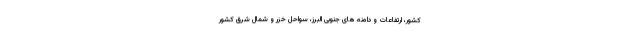
کشور، ارتفاعات و دامنه های جنوبی البرز، سواحل خزر و شمال شرق کشور